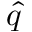
\widehat { q }